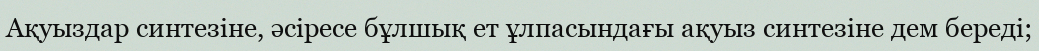
Ақуыздар синтезіне, əсіресе бұлшық ет ұлпасындағы ақуыз синтезіне дем береді;